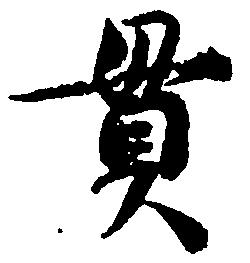
貫